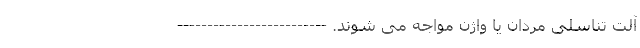
آلت تناسلی مردان یا واژن مواجه می شوند. -------------------------